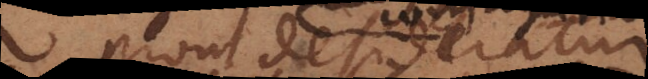
prout desideratur,